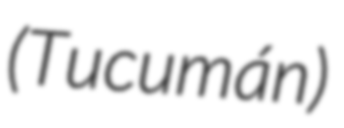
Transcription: (Tucumán)